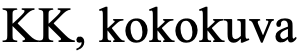
KK, kokokuva